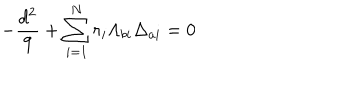
- { \frac { d ^ { 2 } } { 9 } } + \sum _ { i = 1 } ^ { N } r _ { i } \Lambda _ { b i } \Delta _ { a i } = 0